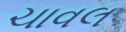
ચાવલ